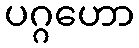
ပဂ္ဂဟော